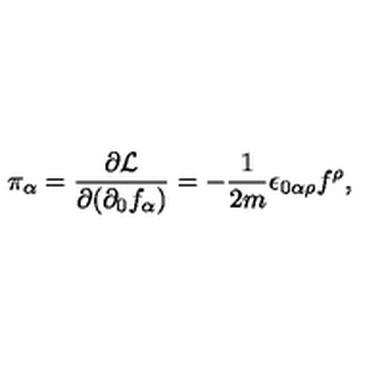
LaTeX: \pi _ { \alpha } = \frac { \partial \mathcal { L } } { \partial ( \partial _ { 0 } f _ { \alpha } ) } = - \frac { 1 } { 2 m } \epsilon _ { 0 \alpha \rho } f ^ { \rho } ,